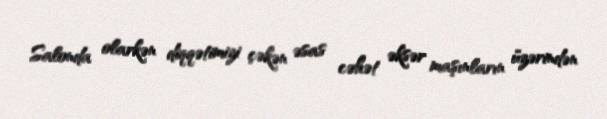
Salonda olarkən diqqətimizi çəkən əsas cəhət əksər maşınların üzərindən